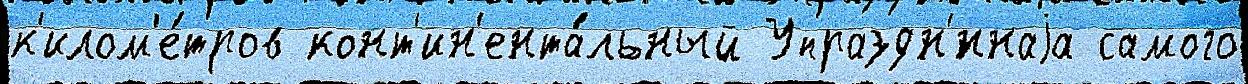
к'илом'е́тров конт'ин'ента́льный Упраздн'́ннаjа самого